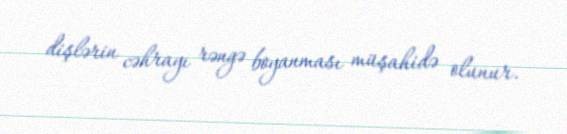
dişlərin cəhrayı rəngə boyanması müşahidə olunur.